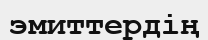
эмиттердің